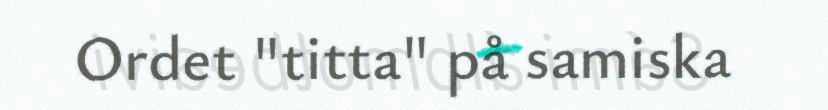
Ordet "titta" på samiska